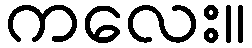
ကလေး။